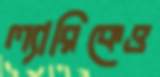
ল্যারিকেও